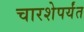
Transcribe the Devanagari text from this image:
चारशेपर्यंत